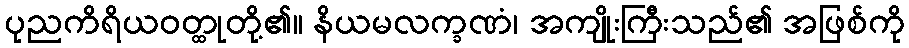
ပုညကိရိယဝတ္ထုတို့၏။ နိယမလက္ခဏံ၊ အကျိုးကြီးသည်၏ အဖြစ်ကို